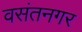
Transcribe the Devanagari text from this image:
वसंतनगर